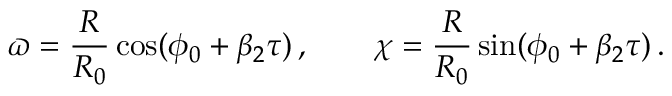
\varpi = \frac { R } { R _ { 0 } } \cos ( \phi _ { 0 } + \beta _ { 2 } \tau ) \, , \qquad \chi = \frac { R } { R _ { 0 } } \sin ( \phi _ { 0 } + \beta _ { 2 } \tau ) \, .